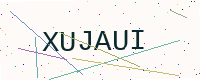
Text: XUJAUI